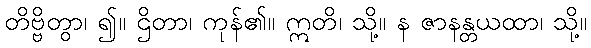
တိဗ္ဗိတွာ၊ ၍။ ဌိတာ၊ ကုန်၏။ ဣတိ၊ သို့။ န ဇာနန္တယထာ၊ သို့။